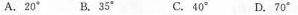
A.20° B.35° C.40° D.70°